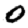
Digit: 0